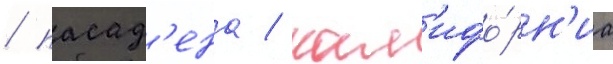
/ пасад'ена / кал'ифо́рн'иа